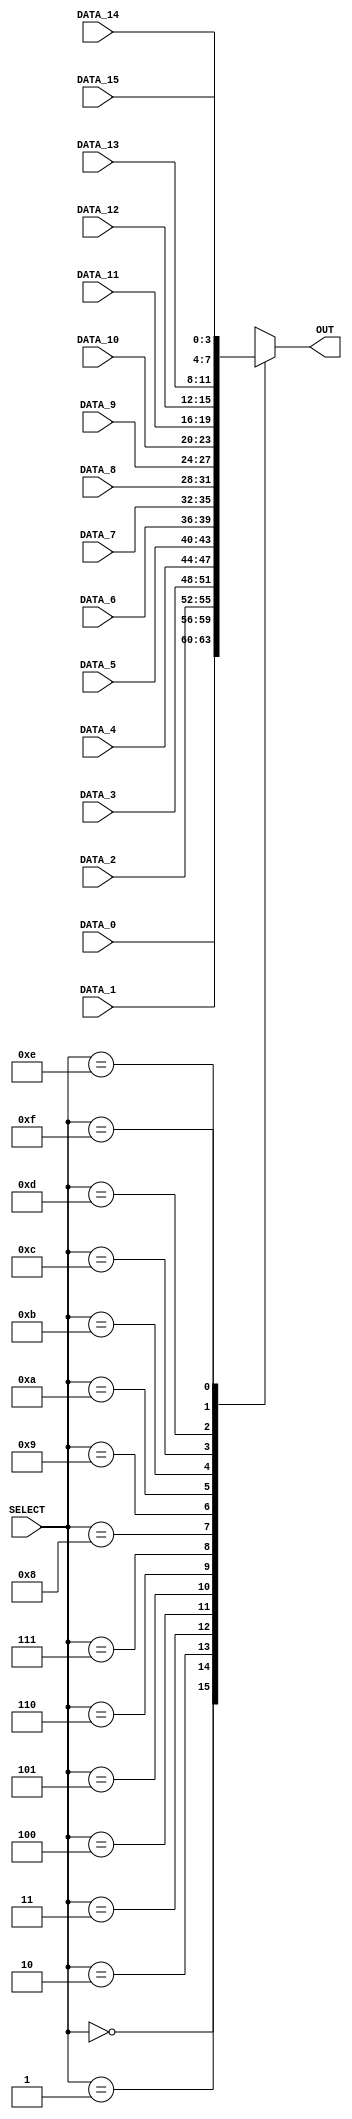
module mux_16_1 #(parameter W = 4)(
  input wire [W-1:0] DATA_0,
  input wire [W-1:0] DATA_1,
  input wire [W-1:0] DATA_2,
  input wire [W-1:0] DATA_3,
  input wire [W-1:0] DATA_4,
  input wire [W-1:0] DATA_5,
  input wire [W-1:0] DATA_6,
  input wire [W-1:0] DATA_7,
  input wire [W-1:0] DATA_8,
  input wire [W-1:0] DATA_9,
  input wire [W-1:0] DATA_10,
  input wire [W-1:0] DATA_11,
  input wire [W-1:0] DATA_12,
  input wire [W-1:0] DATA_13,
  input wire [W-1:0] DATA_14,
  input wire [W-1:0] DATA_15,
  input wire [3:0]   SELECT,
  output reg[W-1:0] OUT
);

always @(*) begin
	case (SELECT)
		4'b0000: OUT = DATA_0;
		4'b0001: OUT = DATA_1;
		4'b0010: OUT = DATA_2;
		4'b0011: OUT = DATA_3;
		4'b0100: OUT = DATA_4;
		4'b0101: OUT = DATA_5;
		4'b0110: OUT = DATA_6;
		4'b0111: OUT = DATA_7;
		4'b1000: OUT = DATA_8;
		4'b1001: OUT = DATA_9;
		4'b1010: OUT = DATA_10;
		4'b1011: OUT = DATA_11;
		4'b1100: OUT = DATA_12;
		4'b1101: OUT = DATA_13;
		4'b1110: OUT = DATA_14;
		4'b1111: OUT = DATA_15;
	endcase
end
endmodule